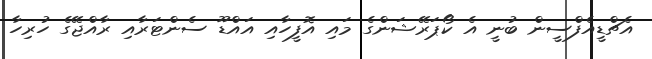
އެޗްޑީއެފްސީން ބުނީ އެ ކޯޕަރޭޝަންގެ މައި އޮފީހާއި އައްޑޫ ސެންޓަރާއި ރާއްޖޭގެ ހުރިހާ